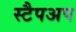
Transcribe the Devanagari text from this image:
स्टैपअप